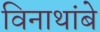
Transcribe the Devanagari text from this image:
विनाथांबे